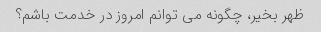
ظهر بخیر، چگونه می توانم امروز در خدمت باشم؟